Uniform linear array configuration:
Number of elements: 32
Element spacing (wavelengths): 0.25
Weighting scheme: blackman
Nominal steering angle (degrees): -60
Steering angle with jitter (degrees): -60.473
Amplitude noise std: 0.05
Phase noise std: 0.05

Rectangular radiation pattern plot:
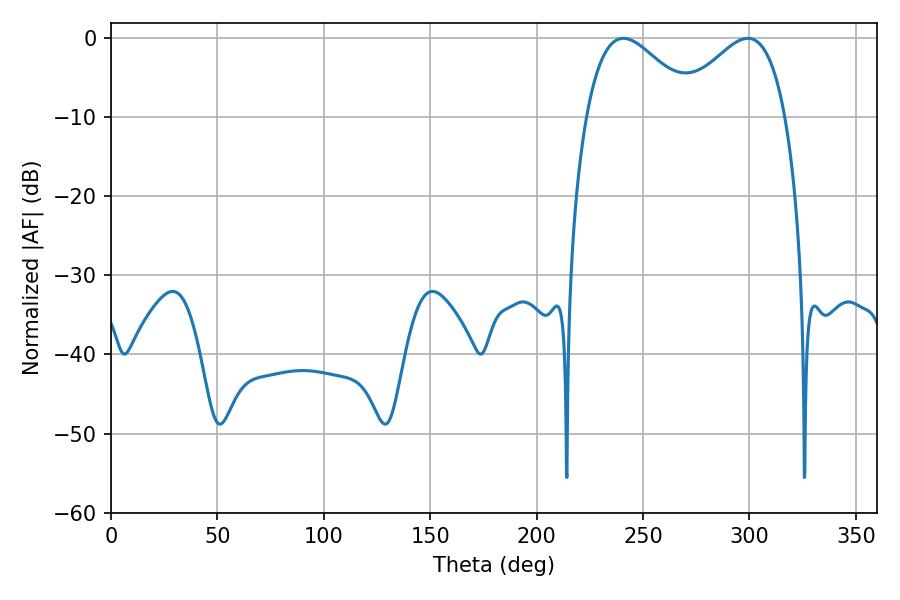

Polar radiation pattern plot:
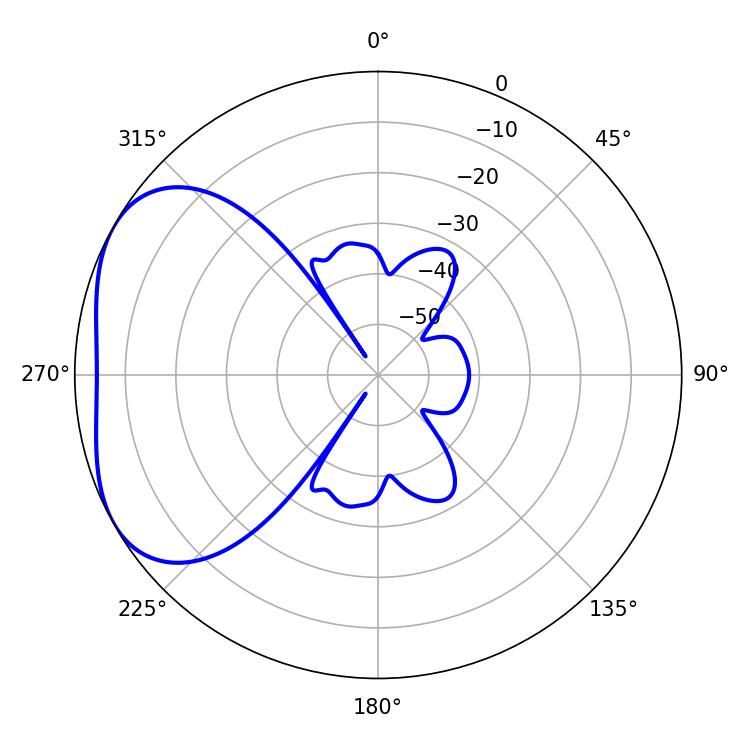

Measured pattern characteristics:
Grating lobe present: FALSE
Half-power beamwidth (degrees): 27.9
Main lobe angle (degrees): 240.84